Insane asylums in Bengal annual reports 1876-1887 - 1876-1887
Year: 1876
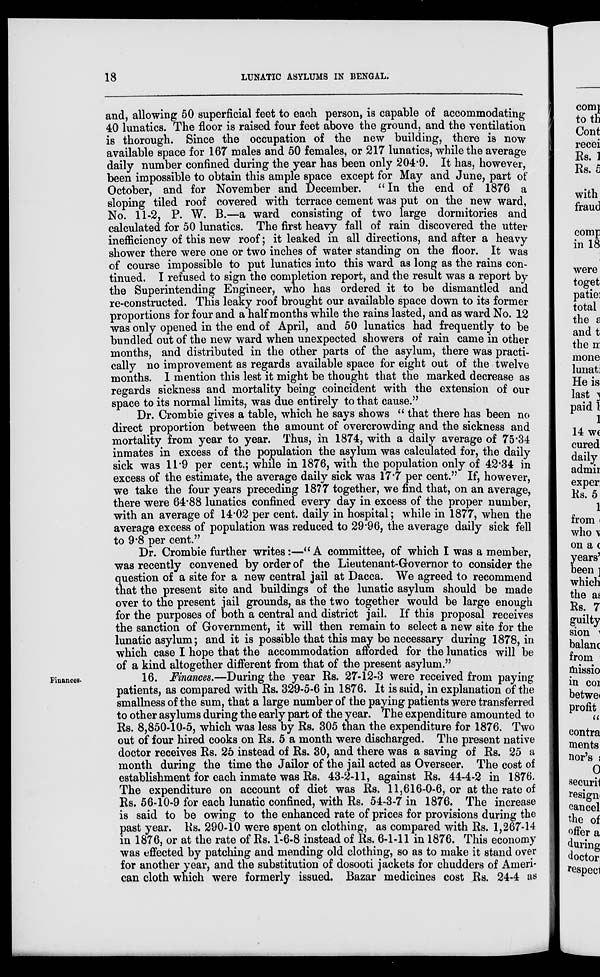
18
LUNATIC ASYLUMS IN BENGAL.
and, allowing 50 superficial feet to each person, is capable of accommodating
40 lunatics. The floor is raised four feet above the ground, and the ventilation
is thorough. Since the occupation of the new building, there is now
available space for 167 males and 50 females, or 217 lunatics, while the average
daily number confined during the year has been only 204.9. It has, however,
been impossible to obtain this ample space except for May and June, part of
October, and for November and December. "In the end of 1876 a
sloping tiled roof covered with terrace cement was put on the new ward,
No. 11-2, P. W. B.—a ward consisting of two large dormitories and
calculated for 50 lunatics. The first heavy fall of rain discovered the utter
inefficiency of this new roof; it leaked in all directions, and after a heavy
shower there were one or two inches of water standing on the floor. It was
of course impossible to put lunatics into this ward as long as the rains con-
tinued. I refused to sign the completion report, and the result was a report by
the Superintending Engineer, who has ordered it to be dismantled and
re-constructed. This leaky roof brought our available space down to its former
proportions for four and a half months while the rains lasted, and as ward No. 12
was only opened in the end of April, and 50 lunatics had frequently to be
bundled out of the new ward when unexpected showers of rain came in other
months, and distributed in the other parts of the asylum, there was practi-
cally no improvement as regards available space for eight out of the twelve
months. I mention this lest it might be thought that the marked decrease as
regards sickness and mortality being coincident with the extension of our
space to its normal limits, was due entirely to that cause."
Dr. Crombie gives a table, which he says shows " that there has been no
direct proportion between the amount of overcrowding and the sickness and
mortality from year to year. Thus, in 1874, with a daily average of 75.34
inmates in excess of the population the asylum was calculated for, the daily
sick was 11.9 per cent.; while in 1876, with the population only of 42.34 in
excess of the estimate, the average daily sick was 17.7 per cent." If, however,
we take the four years preceding 1877 together, we find that, on an average,
there were 64.88 lunatics confined every day in excess of the proper number,
with an average of 14.02 per cent. daily in hospital; while in 1877, when the
average excess of population was reduced to 29.96, the average daily sick fell
to 9.8 per cent."
Dr. Crombie further writes:—" A committee, of which I was a member,
was recently convened by order of the Lieutenant-Governor to consider the
question of a site for a new central jail at Dacca. We agreed to recommend
that the present site and buildings of the lunatic asylum should be made
over to the present jail grounds, as the two together would be large enough
for the purposes of both a central and district jail. If this proposal receives
the sanction of Government, it will then remain to select a new site for the
lunatic asylum; and it is possible that this may be necessary during 1878, in
which case I hope that the accommodation afforded for the lunatics will be
of a kind altogether different from that of the present asylum."
Finances.
16. Finances.—During the year Rs. 27-12-3 were received from paying
patients, as compared with Rs. 329-5-6 in 1876. It is said, in explanation of the
smallness of the sum, that a large number of the paying patients were transferred
to other asylums during the early part of the year. The expenditure amounted to
Rs. 8,850-10-5, which was less by Rs. 305 than the expenditure for 1876. Two
out of four hired cooks on Rs. 5 a month were discharged. The present native
doctor receives Rs. 25 instead of Rs. 30, and there was a saving of Rs. 25 a
month during the time the Jailor of the jail acted as Overseer. The cost of
establishment for each inmate was Rs. 43-2-11, against Rs. 44-4-2 in 1876.
The expenditure on account of diet was Rs. 11,616-0-6, or at the rate of
Rs. 56-10-9 for each lunatic confined, with Rs. 54-3-7 in 1876. The increase
is said to be owing to the enhanced rate of prices for provisions during the
past year. Rs. 290-10 were spent on clothing, as compared with Rs. 1,267-14
in 1876, or at the rate of Rs. 1-6-8 instead of Rs. 6-1-11 in 1876. This economy
was effected by patching and mending old clothing, so as to make it stand over
for another year, and the substitution of dosooti jackets for chudders of Ameri-
can cloth which were formerly issued. Bazar medicines cost Rs. 24-4 as